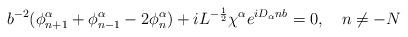
LaTeX: \begin{align*}b^{-2}( \phi^{\alpha}_{n+1}+ \phi^{ \alpha}_{n-1}-2 \phi^{ \alpha}_n)+iL^{- \frac{1}{2}}\chi^{ \alpha} e^{iD_{\alpha}nb}=0, \quad n \neq -N \end{align*}